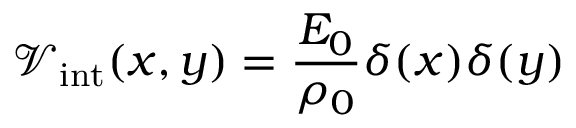
\mathcal { V } _ { \mathrm { i n t } } ( x , y ) = \frac { E _ { 0 } } { \rho _ { 0 } } \delta ( x ) \delta ( y )